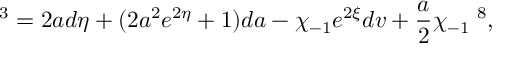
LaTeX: { \bf \tau } ^ { 3 } = 2 a d \eta + ( 2 a ^ { 2 } e ^ { 2 \eta } + 1 ) d a - \chi _ { - 1 } e ^ { 2 \xi } d v + \frac { a } { 2 } \chi _ { - 1 } { \bf \tau } ^ { 8 } ,